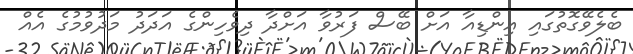
ބެލެވޭގޮތުގައި އިންޑިއާ އަށް ބޭސް ފަރުވާ އަށްދާ ދިވެހިންގެ އަދަދު މަދުވުމުގެ އެއް